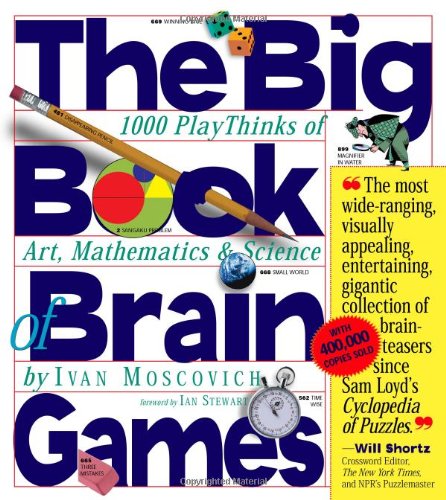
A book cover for The Big Book of Brain Games: 1,000 PlayThinks of Art, Mathematics & Science; Ivan Moscovich; Humor & Entertainment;